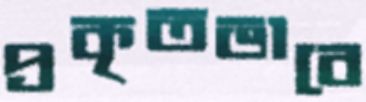
প্রকৃতভাবে